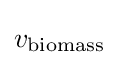
v_{\textrm {biomass}}